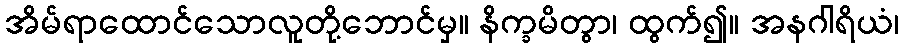
အိမ်ရာထောင်သောလူတို့ဘောင်မှ။ နိက္ခမိတွာ၊ ထွက်၍။ အနဂါရိယံ၊